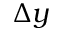
\Delta y